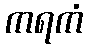
ကရကံ